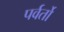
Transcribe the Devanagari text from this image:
पर्वर्तो